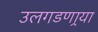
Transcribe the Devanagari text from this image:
उलगडणार्‍या